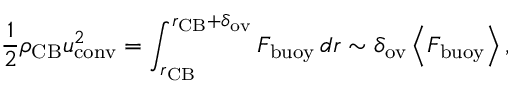
\frac { 1 } { 2 } \rho _ { \mathrm { C B } } u _ { \mathrm { c o n v } } ^ { 2 } = \int _ { r _ { \mathrm { C B } } } ^ { r _ { \mathrm { C B } } + \delta _ { \mathrm { o v } } } F _ { \mathrm { b u o y } } \, d r \sim \delta _ { \mathrm { o v } } \ensuremath { \left\langle F _ { \mathrm { b u o y } } \right\rangle } ,